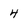
Character: 4